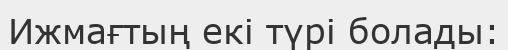
Ижмағтың екі түрі болады: